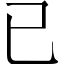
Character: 已